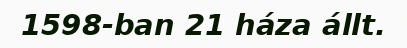
1598-ban 21 háza állt.